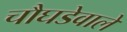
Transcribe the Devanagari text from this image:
चौघडेवाले